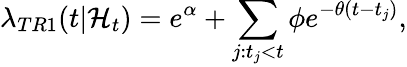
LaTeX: \lambda_{TR1}(t|\mathcal{H}_{t})=e^{\alpha}+\sum_{j:t_{j}<t}\phi e^{-\theta(t-t_{j})},